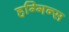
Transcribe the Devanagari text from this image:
हग्गिन्स